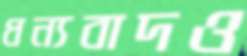
ধন্যবাদও